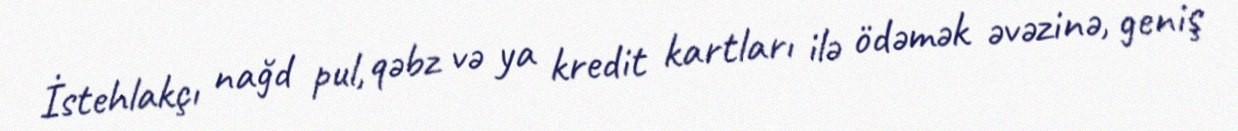
İstehlakçı nağd pul, qəbz və ya kredit kartları ilə ödəmək əvəzinə, geniş